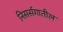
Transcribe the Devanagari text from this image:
निसर्सगातील